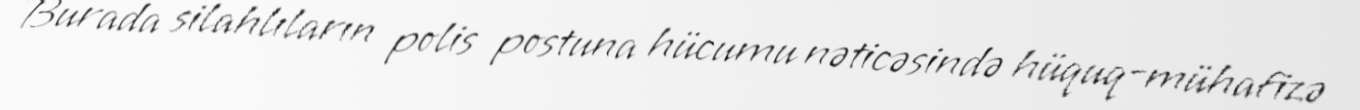
Burada silahlıların polis postuna hücumu nəticəsində hüquq-mühafizə